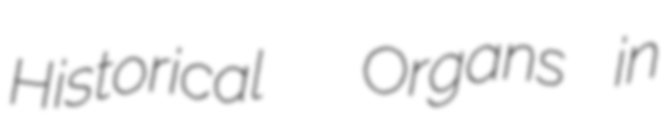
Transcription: Historical  Organs in